Civil Veterinary Dept. North-West Frontier Province 1933-46 - 1933-1946
Year: 1933
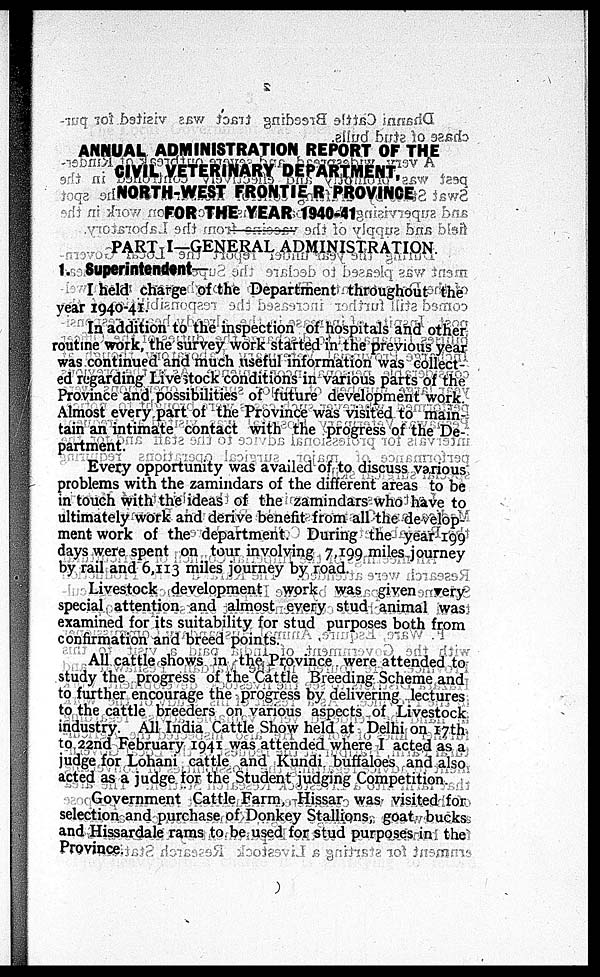
ANNUAL ADMINISTRATION REPORT OF THE
CIVIL VETERINARY DEPARTMENT,
NORTH-WEST FRONTIE R PROVINCE
FOR THE YEAR 1940-41
PART I-GENERAL ADMINISTRATION
1. Superintendent—
I held charge of the Department throughout the
year 1940-41.
In addition to the inspection of hospitals and other
routine work, the survey work started in the previous year
was continued and much useful information was collect-
ed regarding Livestock conditions in various parts of the
Province and possibilities of future development work.
Almost every part of the Province was visited to main-
tain an intimate contact with the progress of the De-
partment.
Every opportunity was availed of to discuss various
problems with the zamindars of the different areas to be
in touch with the ideas of the zamindars who have to
ultimately work and derive benefit from all the develop-
ment work of the department. During the year 199
days were spent on tour involving 7,199 miles journey
by rail and 6,113 miles journey by road.
Livestock development work was given very
special attention and almost every stud animal was
examined for its suitability for stud purposes both from
confirmation and breed points.
All cattle shows in the Province were attended to
study the progress of the Cattle Breeding Scheme and
to further encourage the progress by delivering lectures
to the cattle breeders on various aspects of Livestock
industry. All India Cattle Show held at Delhi on 17th
to 22nd February 1941 was attended where I acted as a
judge for Lohani cattle and Kundi buffaloes and also
acted as a judge for the Student judging Competition.
Government Cattle Farm, Hissar was visited for
selection and purchase of Donkey Stallions, goat bucks
and Hissardale rams to be used for stud purposes in the
Province.